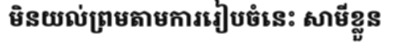
មិនយល់ព្រមតាមការរៀបចំនេះ សាមីខ្លួន